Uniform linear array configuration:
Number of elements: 64
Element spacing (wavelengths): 0.25
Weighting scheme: uniform
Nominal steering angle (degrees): -60
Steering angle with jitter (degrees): -59.482
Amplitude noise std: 0.05
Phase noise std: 0.05

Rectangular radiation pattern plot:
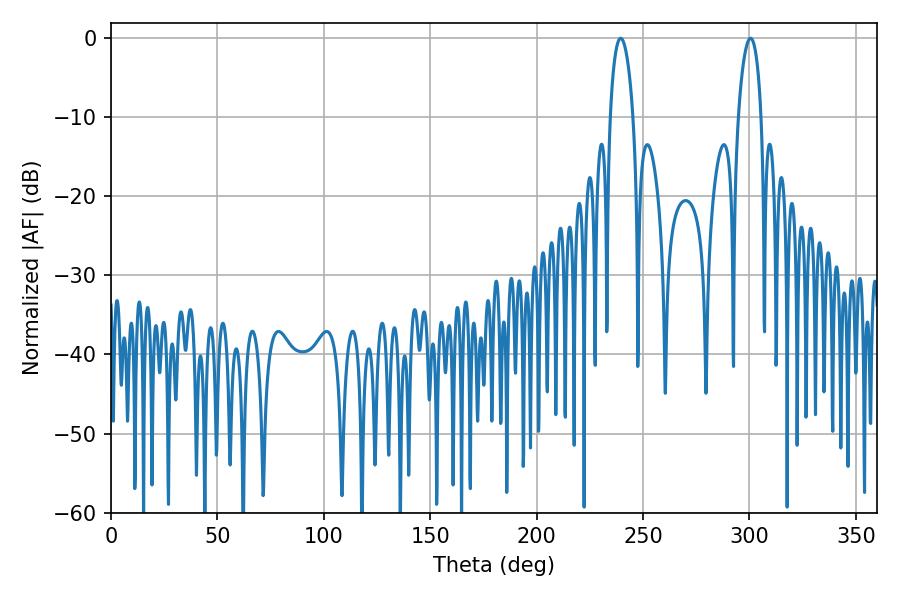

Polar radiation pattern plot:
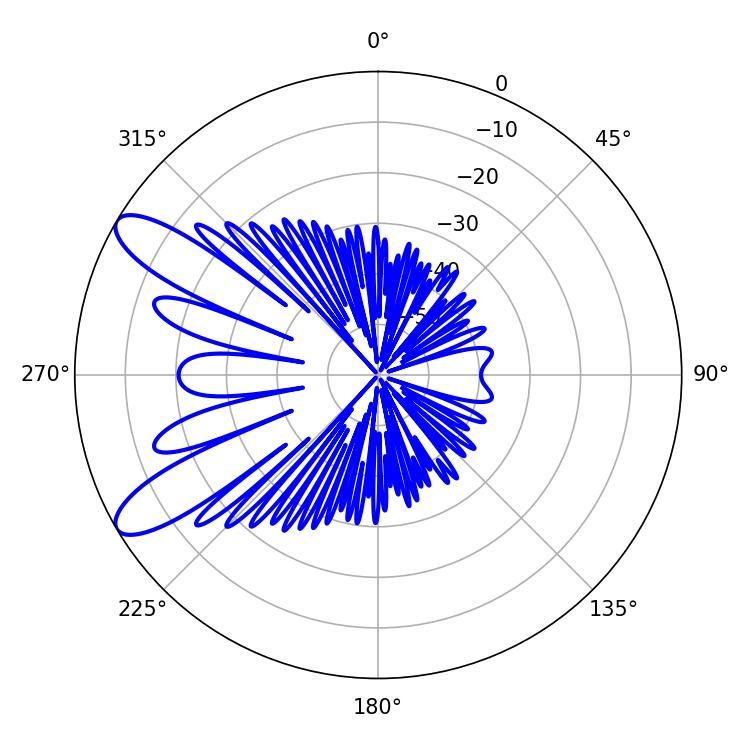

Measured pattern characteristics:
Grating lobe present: FALSE
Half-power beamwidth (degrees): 6.12
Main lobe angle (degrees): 300.42